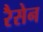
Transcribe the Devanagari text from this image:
रैसेन